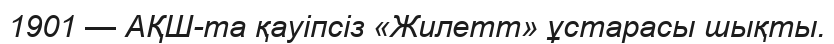
1901 — АҚШ-та қауіпсіз «Жилетт» ұстарасы шықты.